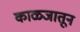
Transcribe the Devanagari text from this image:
काळजातून